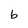
Character: b